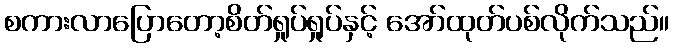
စကားလာပြောတော့စိတ်ရှုပ်ရှုပ်နှင့် အော်ထုတ်ပစ်လိုက်သည်။